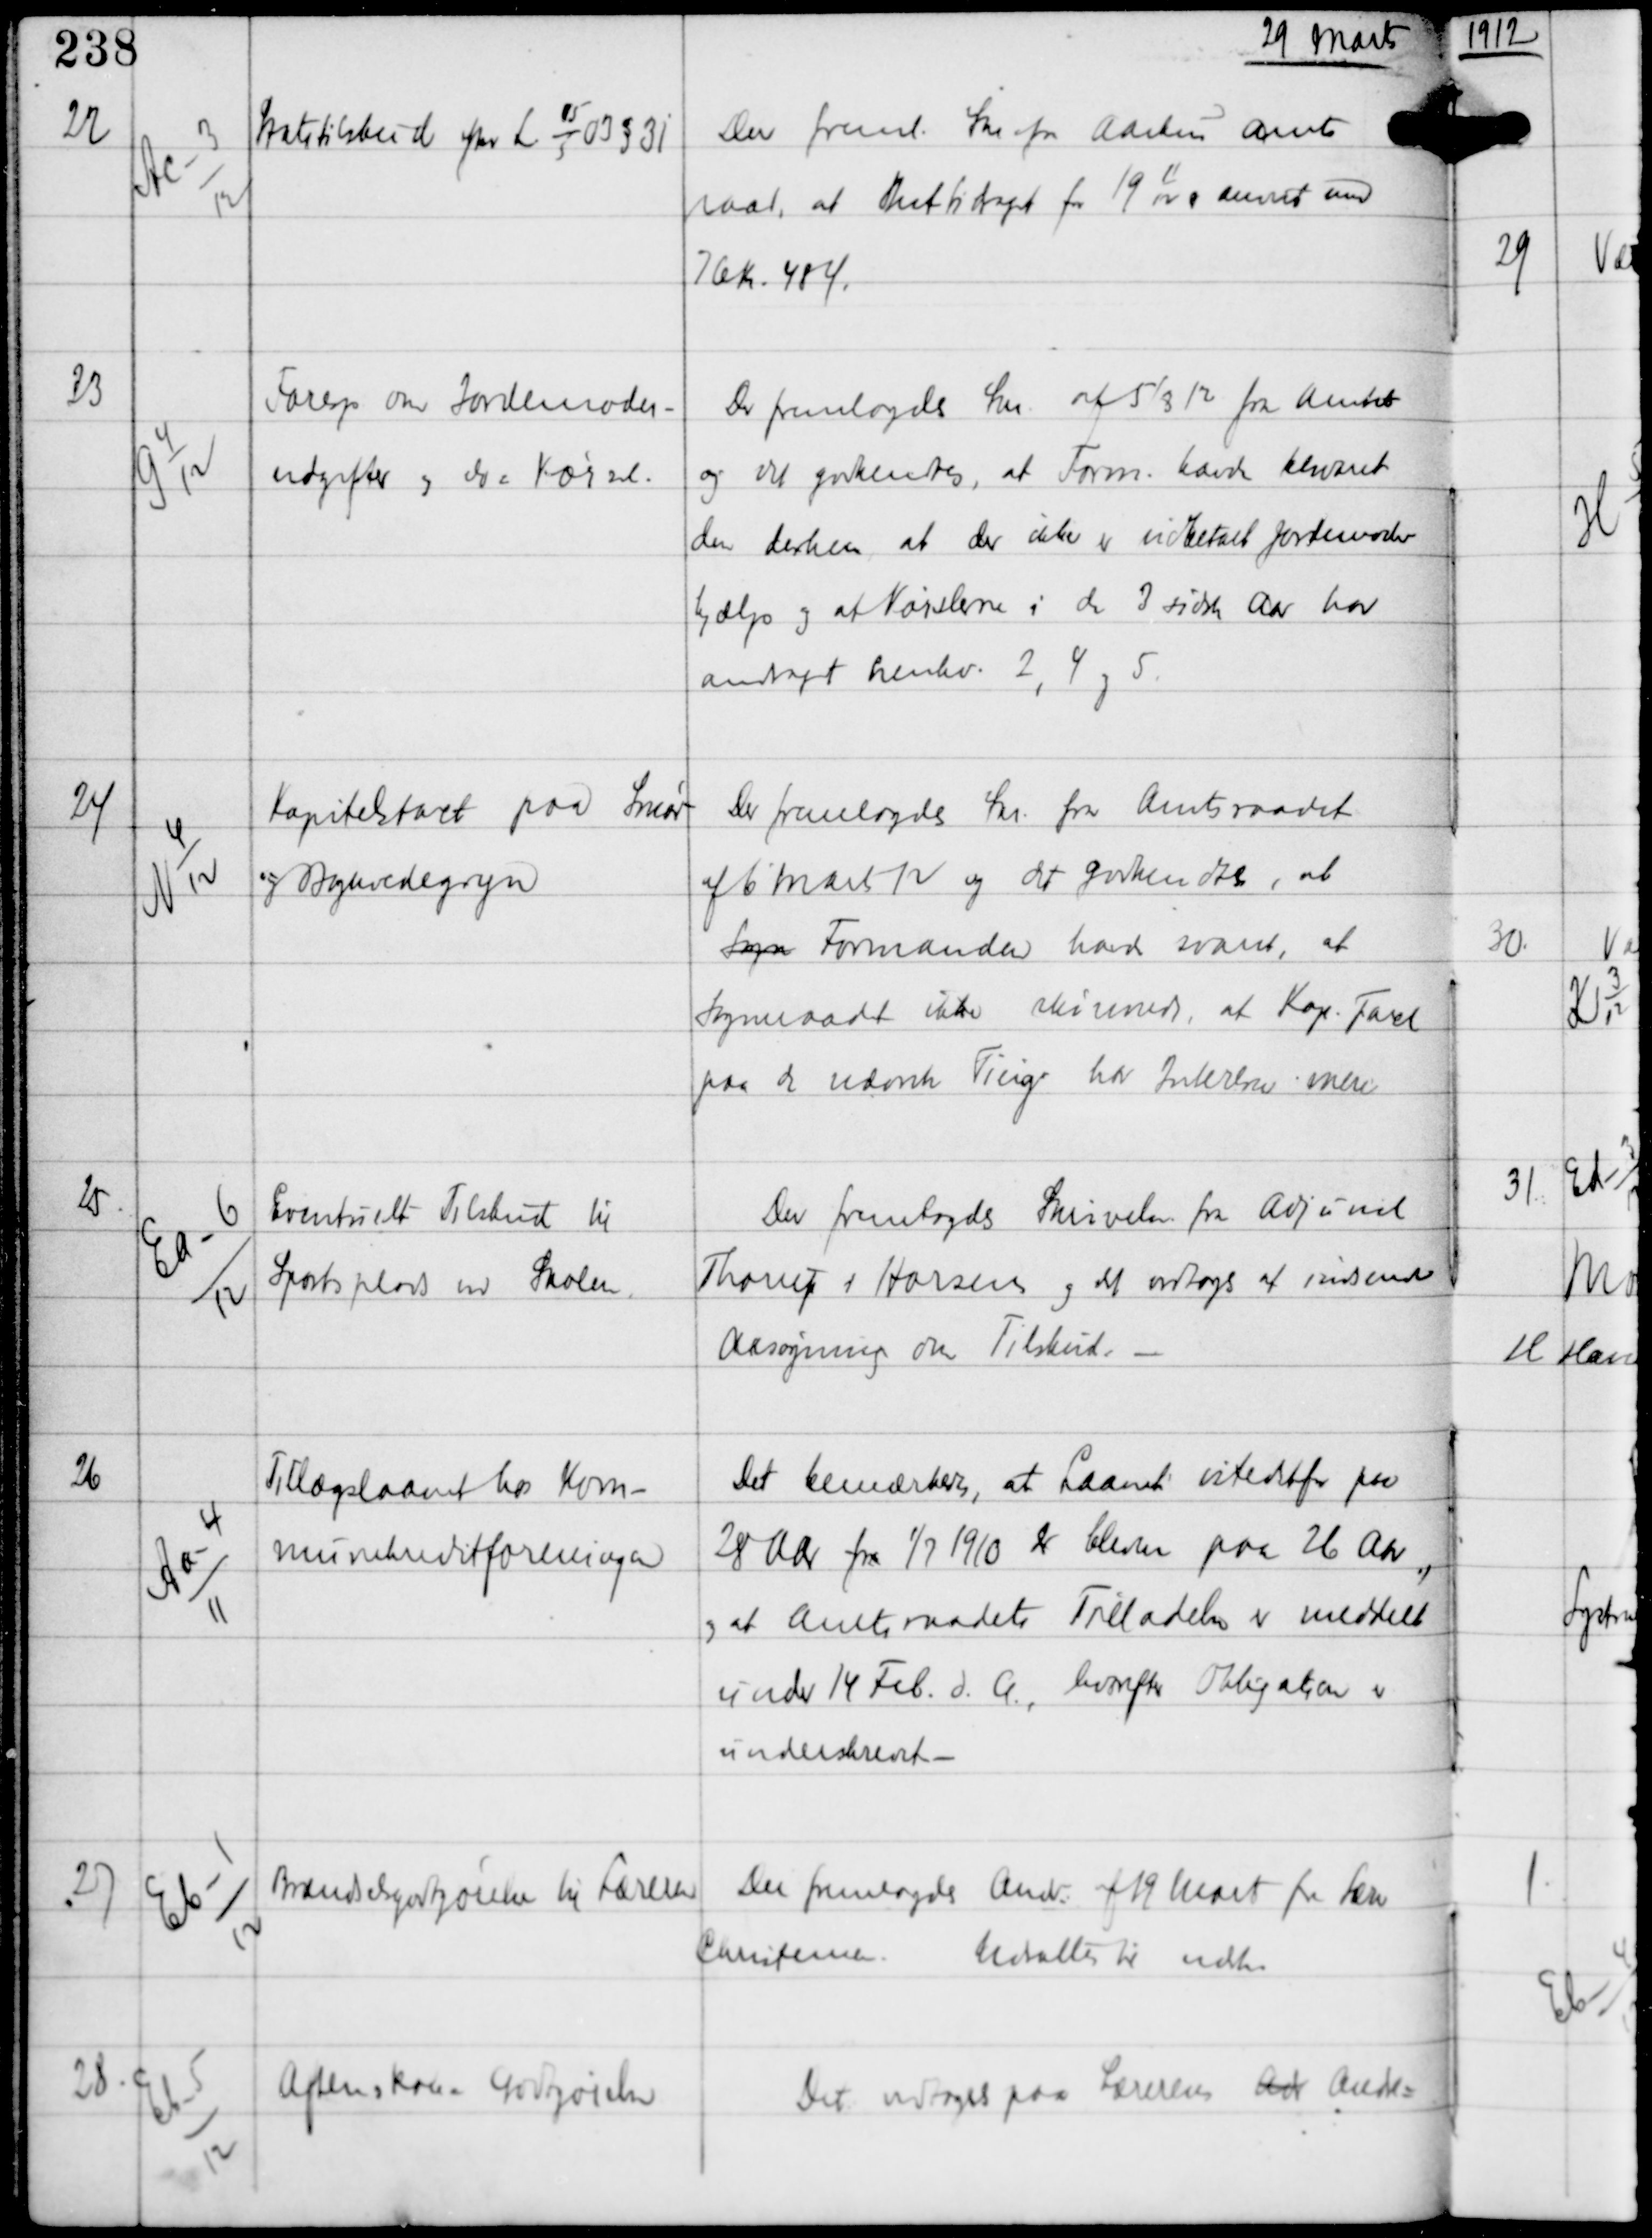
Transskription:
29 Marts

22

Ac-3
12

Statstilskud efter Lov
15
5
03 §31

Der freml Skr fra Aarhus Amts-
raad, at Restbidraget for 19
11
12
er anvist med
76 Kr 48 Ø.

23

G 4
12

Foresp om Jordemoder-
udgifter og dos Kørsel.

Der fremlagdes Skr af 5/8 12 fra Amtet
og det godkendtes, at Form havde besvaret
den derhen, at der ikke er udbetalt Jordemoder
hjælp og at Kørslerne i de 3 sidste Aar har
andraget henhv 2, 4 og 5

24

N 4
12

Kapitalstart paa Smør
og Boghvedegryn

Der fremlagdes Skr fra Amtsraadet
af 6 Marts 12 og det godkendtes, at
Sogn Formanden havde svaret, at
Sogneraadet ikke skønnede, at Kap. Taret
paa de nævnte Ting har Interesse mere.

25

Ea-6
12

Eventuelt Tilskud til
Sportsplads ved Skolen

Der fremlagdes Skrivelse fra Adjunct
Thorup i Horsens og det vedtoges at indsende
Ansøgning om Tilskud. -

26

Aa-4
11

Tillægslaanet hos Kom-
munekreditforeningen

Det bemærkedes, at Laanet istedetfor paa
28 Aar fra 1/7 1910 er bleven paa 26 Aar,
og at Amtsraadets Tilladelse er meddelt
under 14 Feb d.A., hvorefter Obligation er
underskrevet. -

27

Eb-1
12

Brændselsgodtgørelse til Læreren

Der fremlagdes Andr. af 19 Marts fra Lærer
Christensen.
Udsattes til næste.

28

Eb-5
12

Aftensskolens Godtgørelse

Det udtoges paa Lærerens Adr Andra-